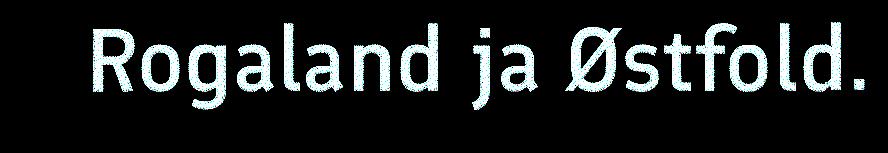
Rogaland ja Østfold.